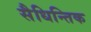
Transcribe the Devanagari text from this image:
सैधिन्तिक